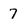
Character: 7